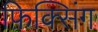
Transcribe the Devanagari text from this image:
फ़िक्सिंग